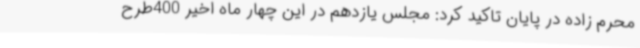
محرم زاده در پایان تاکید کرد: مجلس یازدهم در این چهار ماه اخیر 400طرح